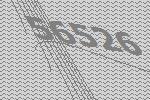
56526